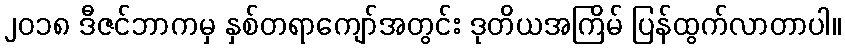
၂၀၁၈ ဒီဇင်ဘာကမှ နှစ်တရာကျော်အတွင်း ဒုတိယအကြိမ် ပြန်ထွက်လာတာပါ။